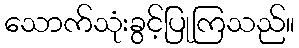
သောက်သုံးခွင့်ပြုကြသည်။